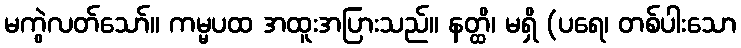
မကွဲလတ်သော်။ ကမ္မပထ အထူးအပြားသည်။ နတ္ထိ၊ မရှိ (ပရေ၊ တစ်ပါးသော